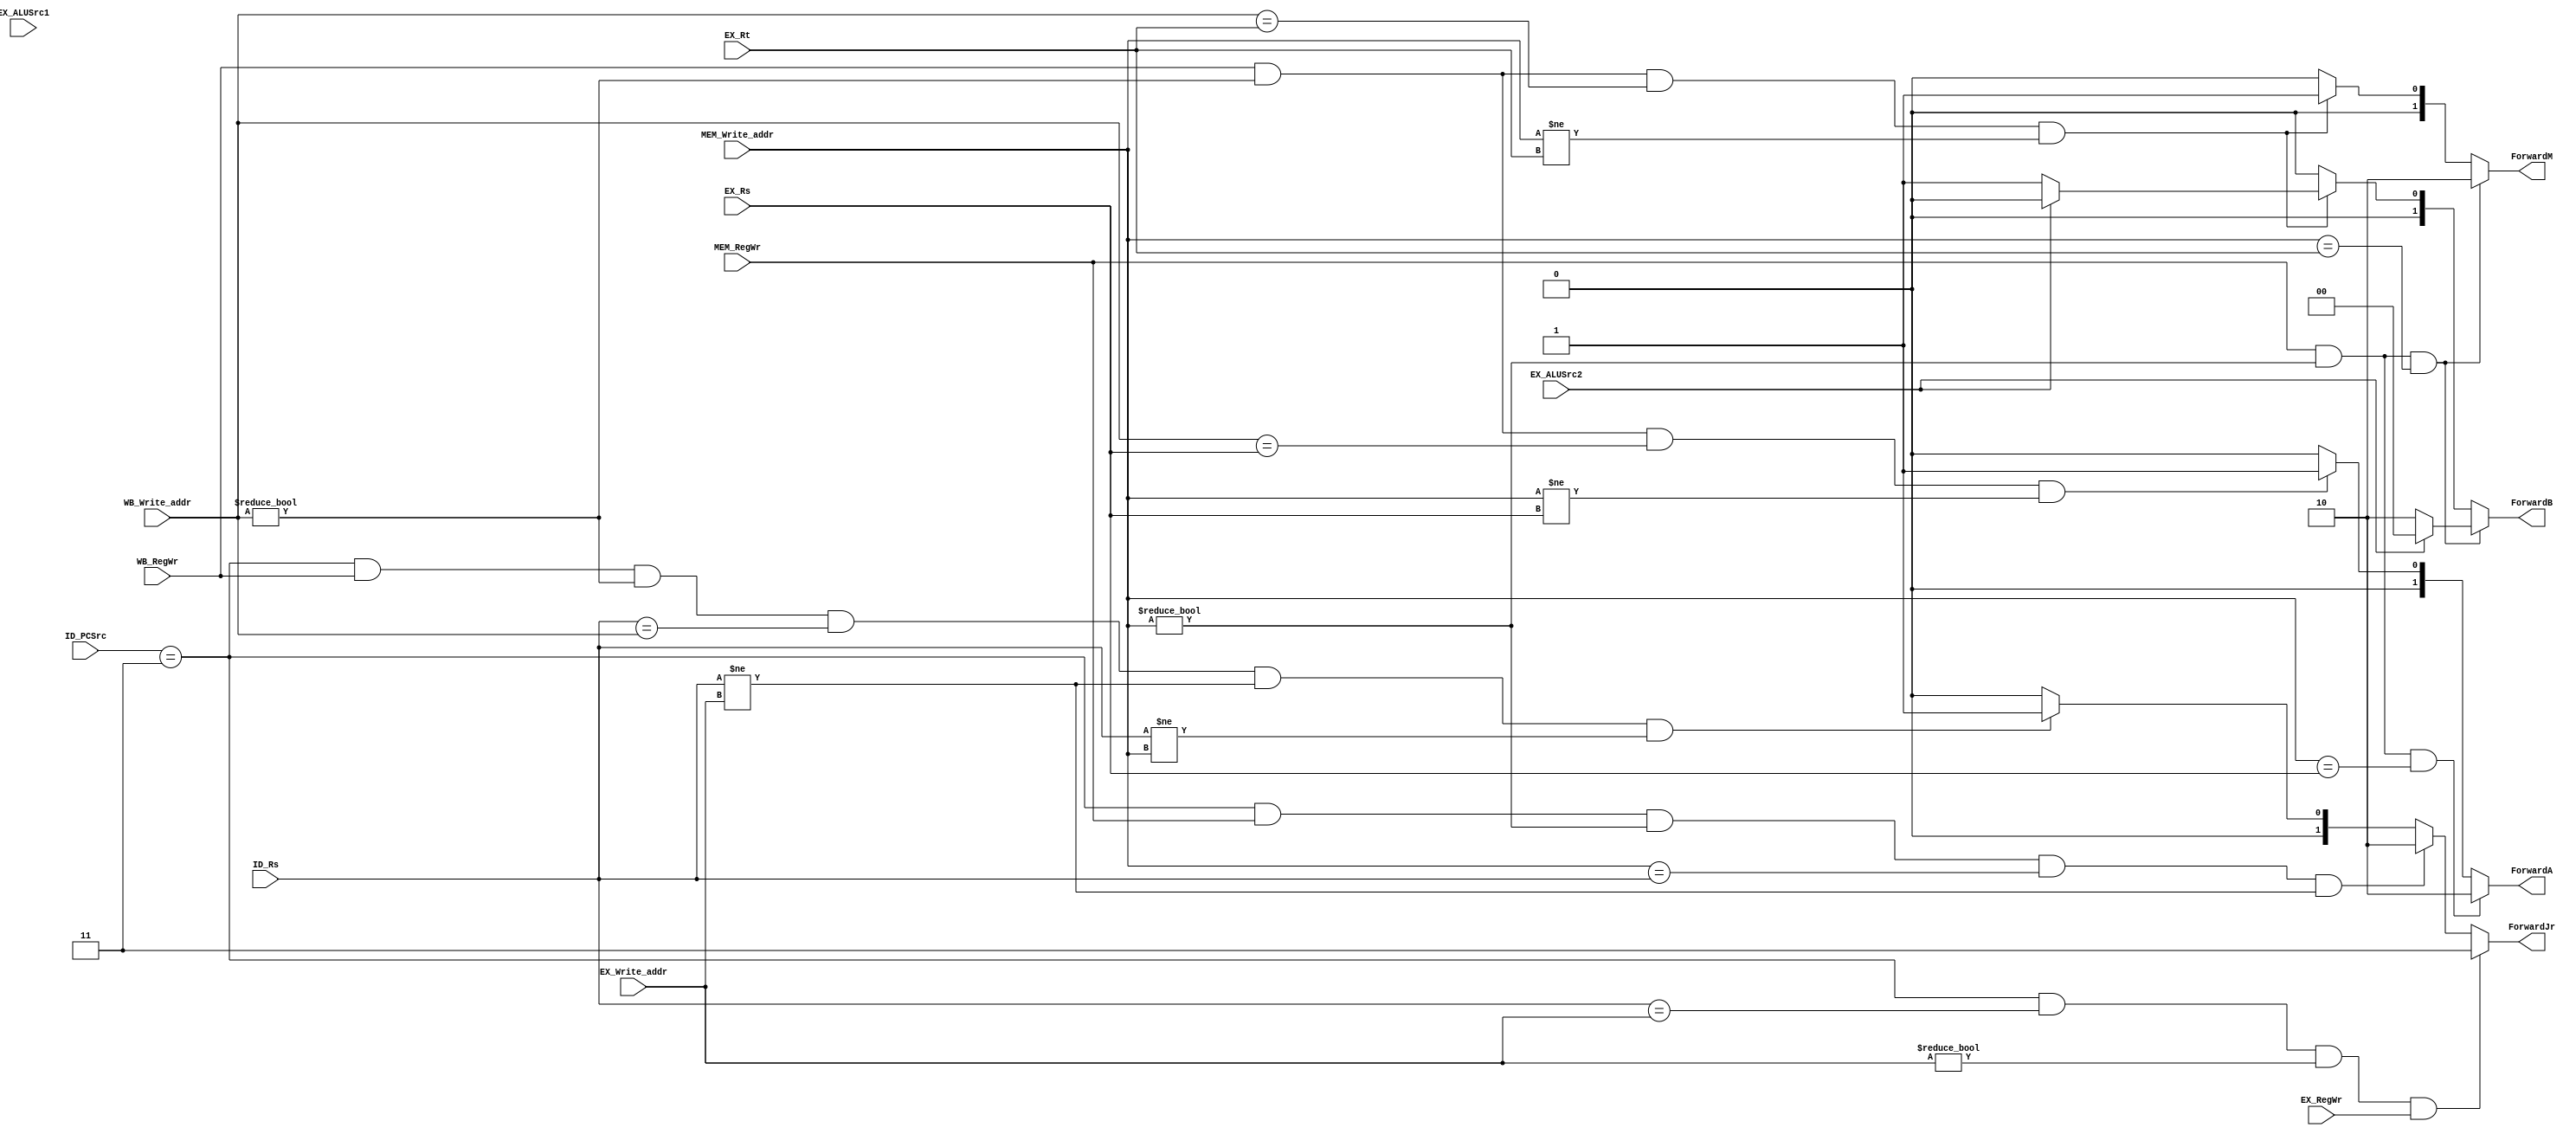
module Forward(ID_PCSrc,ID_Rs,
				EX_ALUSrc1,EX_ALUSrc2,EX_Rs,EX_Rt,EX_Write_addr,EX_RegWr,
				MEM_Write_addr,MEM_RegWr,
				WB_Write_addr,WB_RegWr,
				ForwardA,ForwardB,ForwardM,ForwardJr); 
input [4:0]ID_Rs,EX_Rs,EX_Rt,EX_Write_addr,MEM_Write_addr,WB_Write_addr;
input [2:0] ID_PCSrc;
input EX_ALUSrc1,EX_ALUSrc2,EX_RegWr,MEM_RegWr,WB_RegWr;
output reg [1:0] ForwardA,ForwardB,ForwardM,ForwardJr;
always@(*) 
begin
	//A forward BusA
	//B forward BusB
	//M forward the data going to Mem, when sw
	if(MEM_RegWr && (MEM_Write_addr != 0) && (MEM_Write_addr == EX_Rs))
		ForwardA = 2'b10;
	else if(WB_RegWr && (WB_Write_addr != 0) && (WB_Write_addr == EX_Rs) && (MEM_Write_addr != EX_Rs))
		ForwardA = 2'b01;
	else ForwardA = 2'b00;
	if(MEM_RegWr && (MEM_Write_addr != 0) && (MEM_Write_addr == EX_Rt)) begin
		ForwardB = (EX_ALUSrc2 == 1)? 2'b00:2'b10;
		ForwardM = 2'b10;
	end
	else if(WB_RegWr && (WB_Write_addr != 0) && (WB_Write_addr == EX_Rt) &&(MEM_Write_addr != EX_Rt)) 
	begin
		ForwardB = (EX_ALUSrc2 ==1)? 2'b00:2'b01;
		ForwardM = 2'b01;
	end  
	else begin 
		ForwardB = 2'b00;
		ForwardM = 2'b00;
	end  
	//ID_DataBusA,WB_WriteReg_Data,MEM_ALUOut,EX_ALUOut
	//jr
	if((ID_PCSrc == 3'b011) && (ID_Rs == EX_Write_addr) && (EX_Write_addr != 0) && EX_RegWr)
		//EX to Reg
		//doesn't work
		ForwardJr = 2'b11;
	else if((ID_PCSrc == 3'b011) && MEM_RegWr && (MEM_Write_addr != 0) && (MEM_Write_addr == ID_Rs) && (ID_Rs != EX_Write_addr))
		//EX/Mem to Reg
		ForwardJr = 2'b10;
	else if((ID_PCSrc == 3'b011) && WB_RegWr && (WB_Write_addr != 0) && (ID_Rs == WB_Write_addr) && (ID_Rs != EX_Write_addr) && (ID_Rs != MEM_Write_addr))
		//Reg to Reg; write first, read after
		ForwardJr = 2'b01;
	else ForwardJr = 2'b00;
end   
endmodule